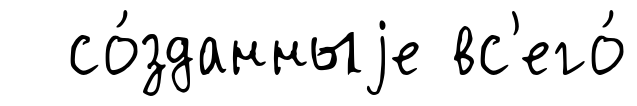
со́зданныjе вс'его́